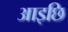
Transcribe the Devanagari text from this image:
आइछि